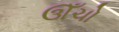
ઊઁચો